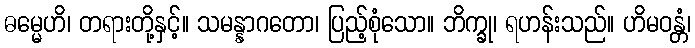
ဓမ္မေဟိ၊ တရားတို့နှင့်။ သမန္နာဂတော၊ ပြည့်စုံသော။ ဘိက္ခု၊ ရဟန်းသည်။ ဟိမဝန္တံ၊